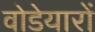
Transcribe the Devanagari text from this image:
वोडेयारों